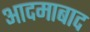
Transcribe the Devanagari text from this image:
आदमाबाद